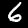
Digit: 6